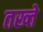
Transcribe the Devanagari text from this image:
तख्‍ते